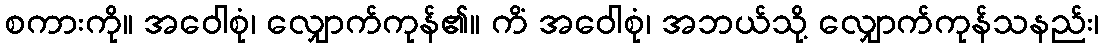
စကားကို။ အဝေါစုံ၊ လျှောက်ကုန်၏။ ကိံ အဝေါစုံ၊ အဘယ်သို့ လျှောက်ကုန်သနည်း၊